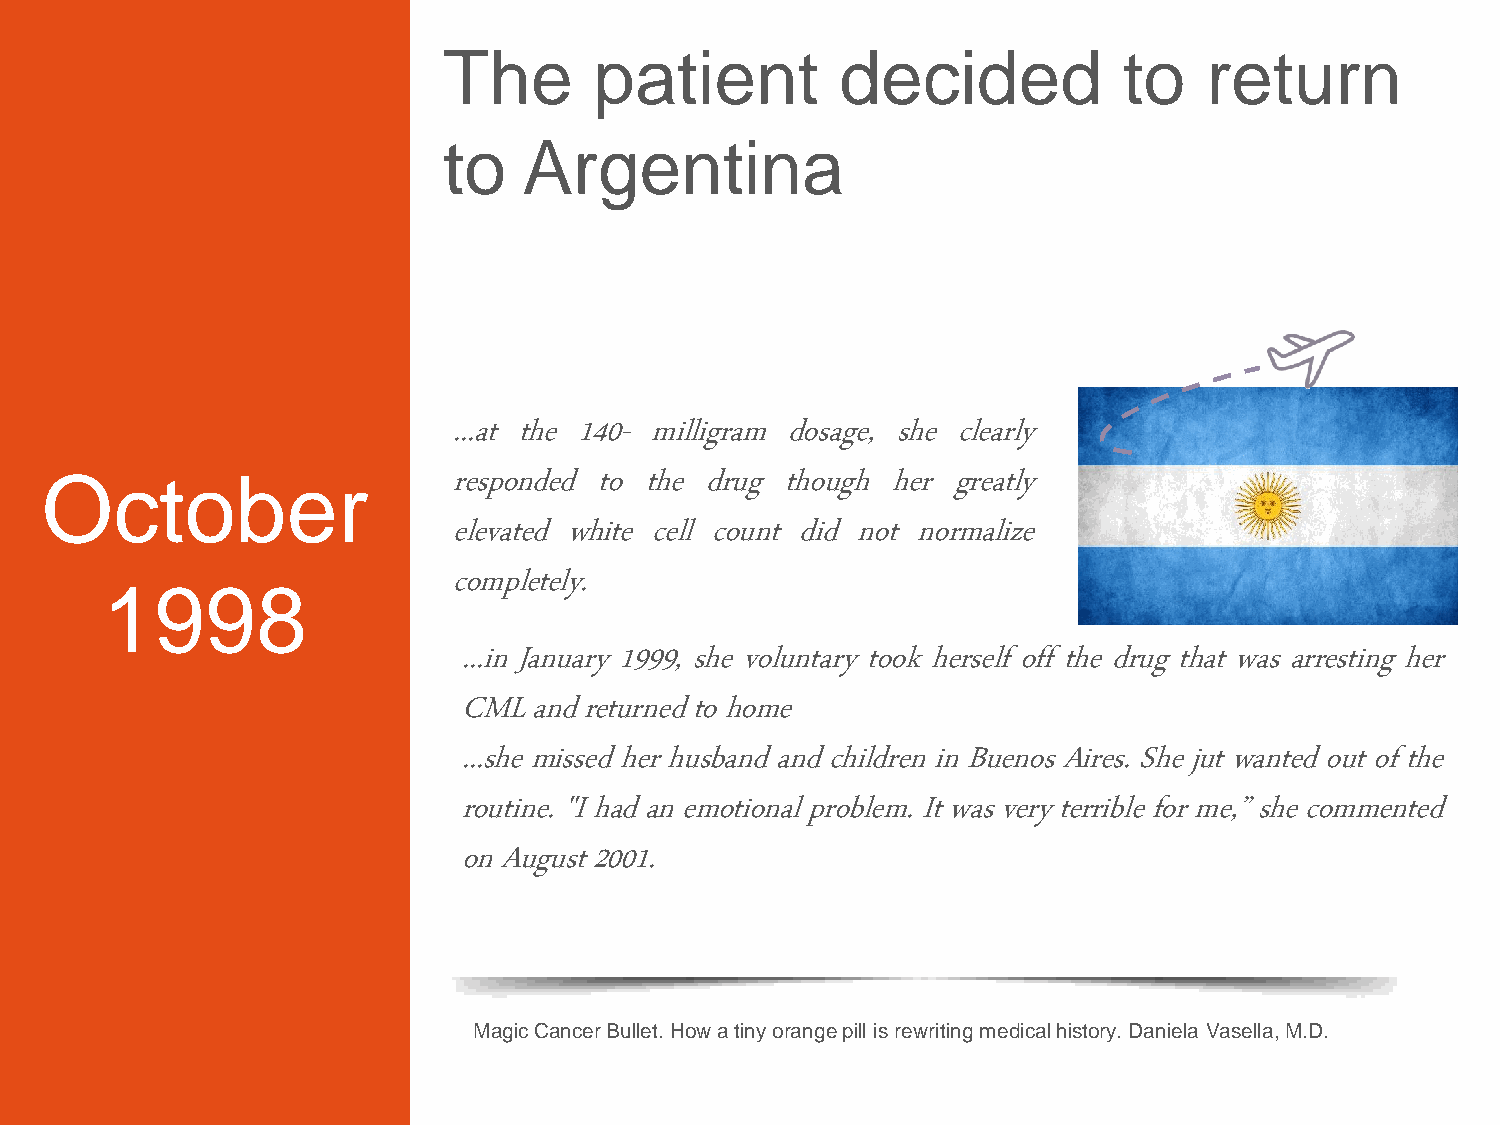
The       patient          decided           to    return
 to    Argentina
 ...at the 140- milligram dosage, she clearly
 responded to the drug though her greatly
 October
 elevated white cell count did not normalize
 completely.
 1998
 ...in January 1999, she voluntary took herself off the drug that was arresting her
 CML  and returned to home
 ...she missed her husband and children in Buenos Aires. She jut wanted out of the
 routine. "I had an emotional problem. It was very terrible for me,” she commented
 on August 2001.
 Magic Cancer Bullet. How a tiny orange pill is rewriting medical history. Daniela Vasella, M.D.
 8